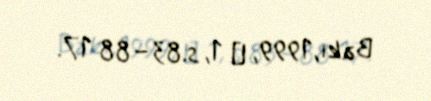
Bakı,1999, № 1, s.83–88 17.